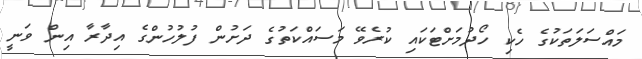
މައްސަލަތަކުގެ ހެކި ހޯދުމަށްޓަކައި ކުރެވޭ މަސައްކަތުގެ ދަށުން ފުލުހުންގެ އިދާރާ އިން ވަނީ